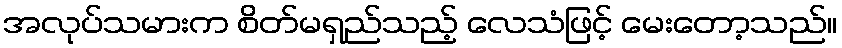
အလုပ်သမားက စိတ်မရှည်သည့် လေသံဖြင့် မေးတော့သည်။